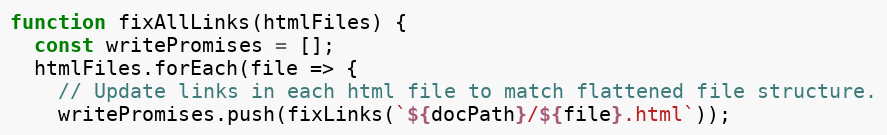
Language: JavaScript
function fixAllLinks(htmlFiles) {
  const writePromises = [];
  htmlFiles.forEach(file => {
    // Update links in each html file to match flattened file structure.
    writePromises.push(fixLinks(`${docPath}/${file}.html`));